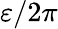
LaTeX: \varepsilon/2\pi